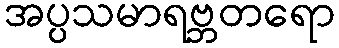
အပ္ပသမာရဗ္ဘတရော